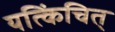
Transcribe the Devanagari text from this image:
यत्किंचित्‌